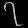
Digit: ၇